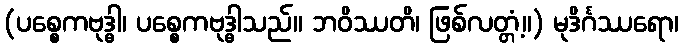
(ပစ္စေကဗုဒ္ဓါ၊ ပစ္စေကဗုဒ္ဓါသည်။ ဘဝိဿတိ၊ ဖြစ်လတ္တံ့။) မုဒိင်္ဂဿရော၊